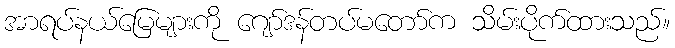
အာရပ်နယ်မြေများကို ဂျော်ဒန်တပ်မတော်က သိမ်းပိုက်ထားသည်။